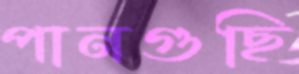
পানগুছি